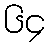
၆၄